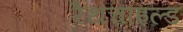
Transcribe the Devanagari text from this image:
रैथचाइल्ड